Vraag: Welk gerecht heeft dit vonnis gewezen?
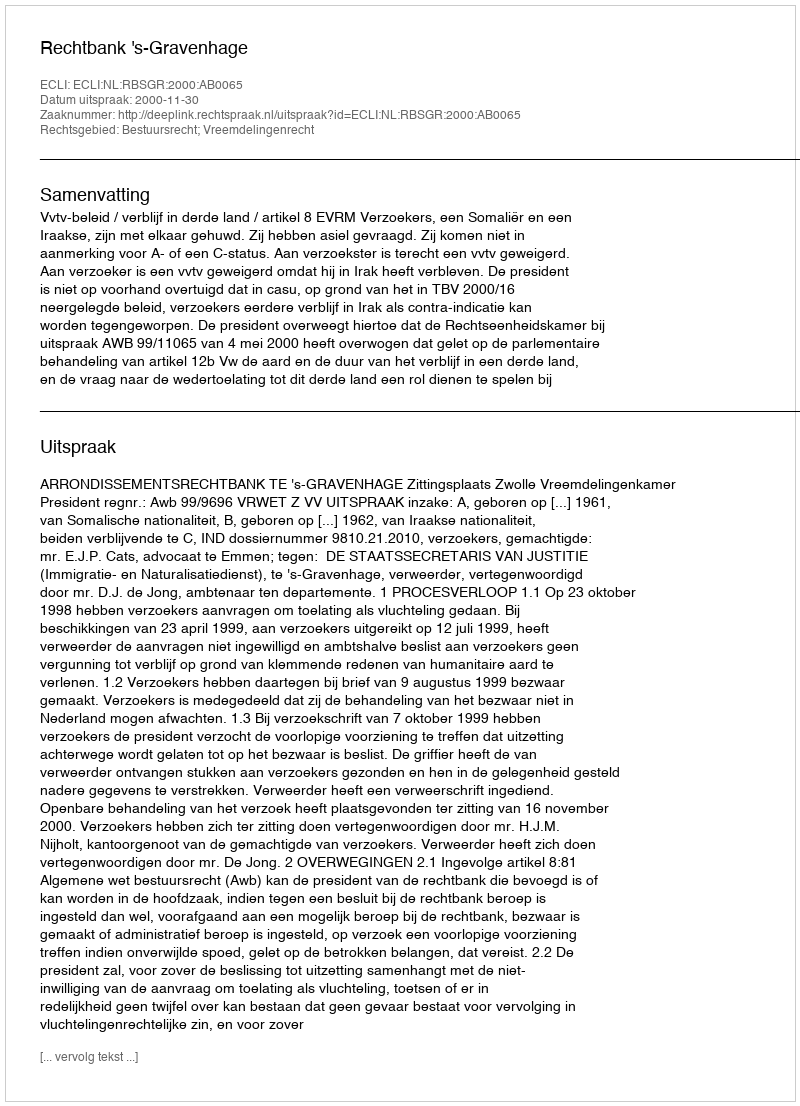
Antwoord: Rechtbank 's-Gravenhage